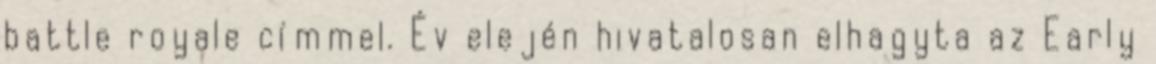
battle royale címmel. Év elején hivatalosan elhagyta az Early